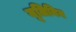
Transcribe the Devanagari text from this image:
यूलियिन